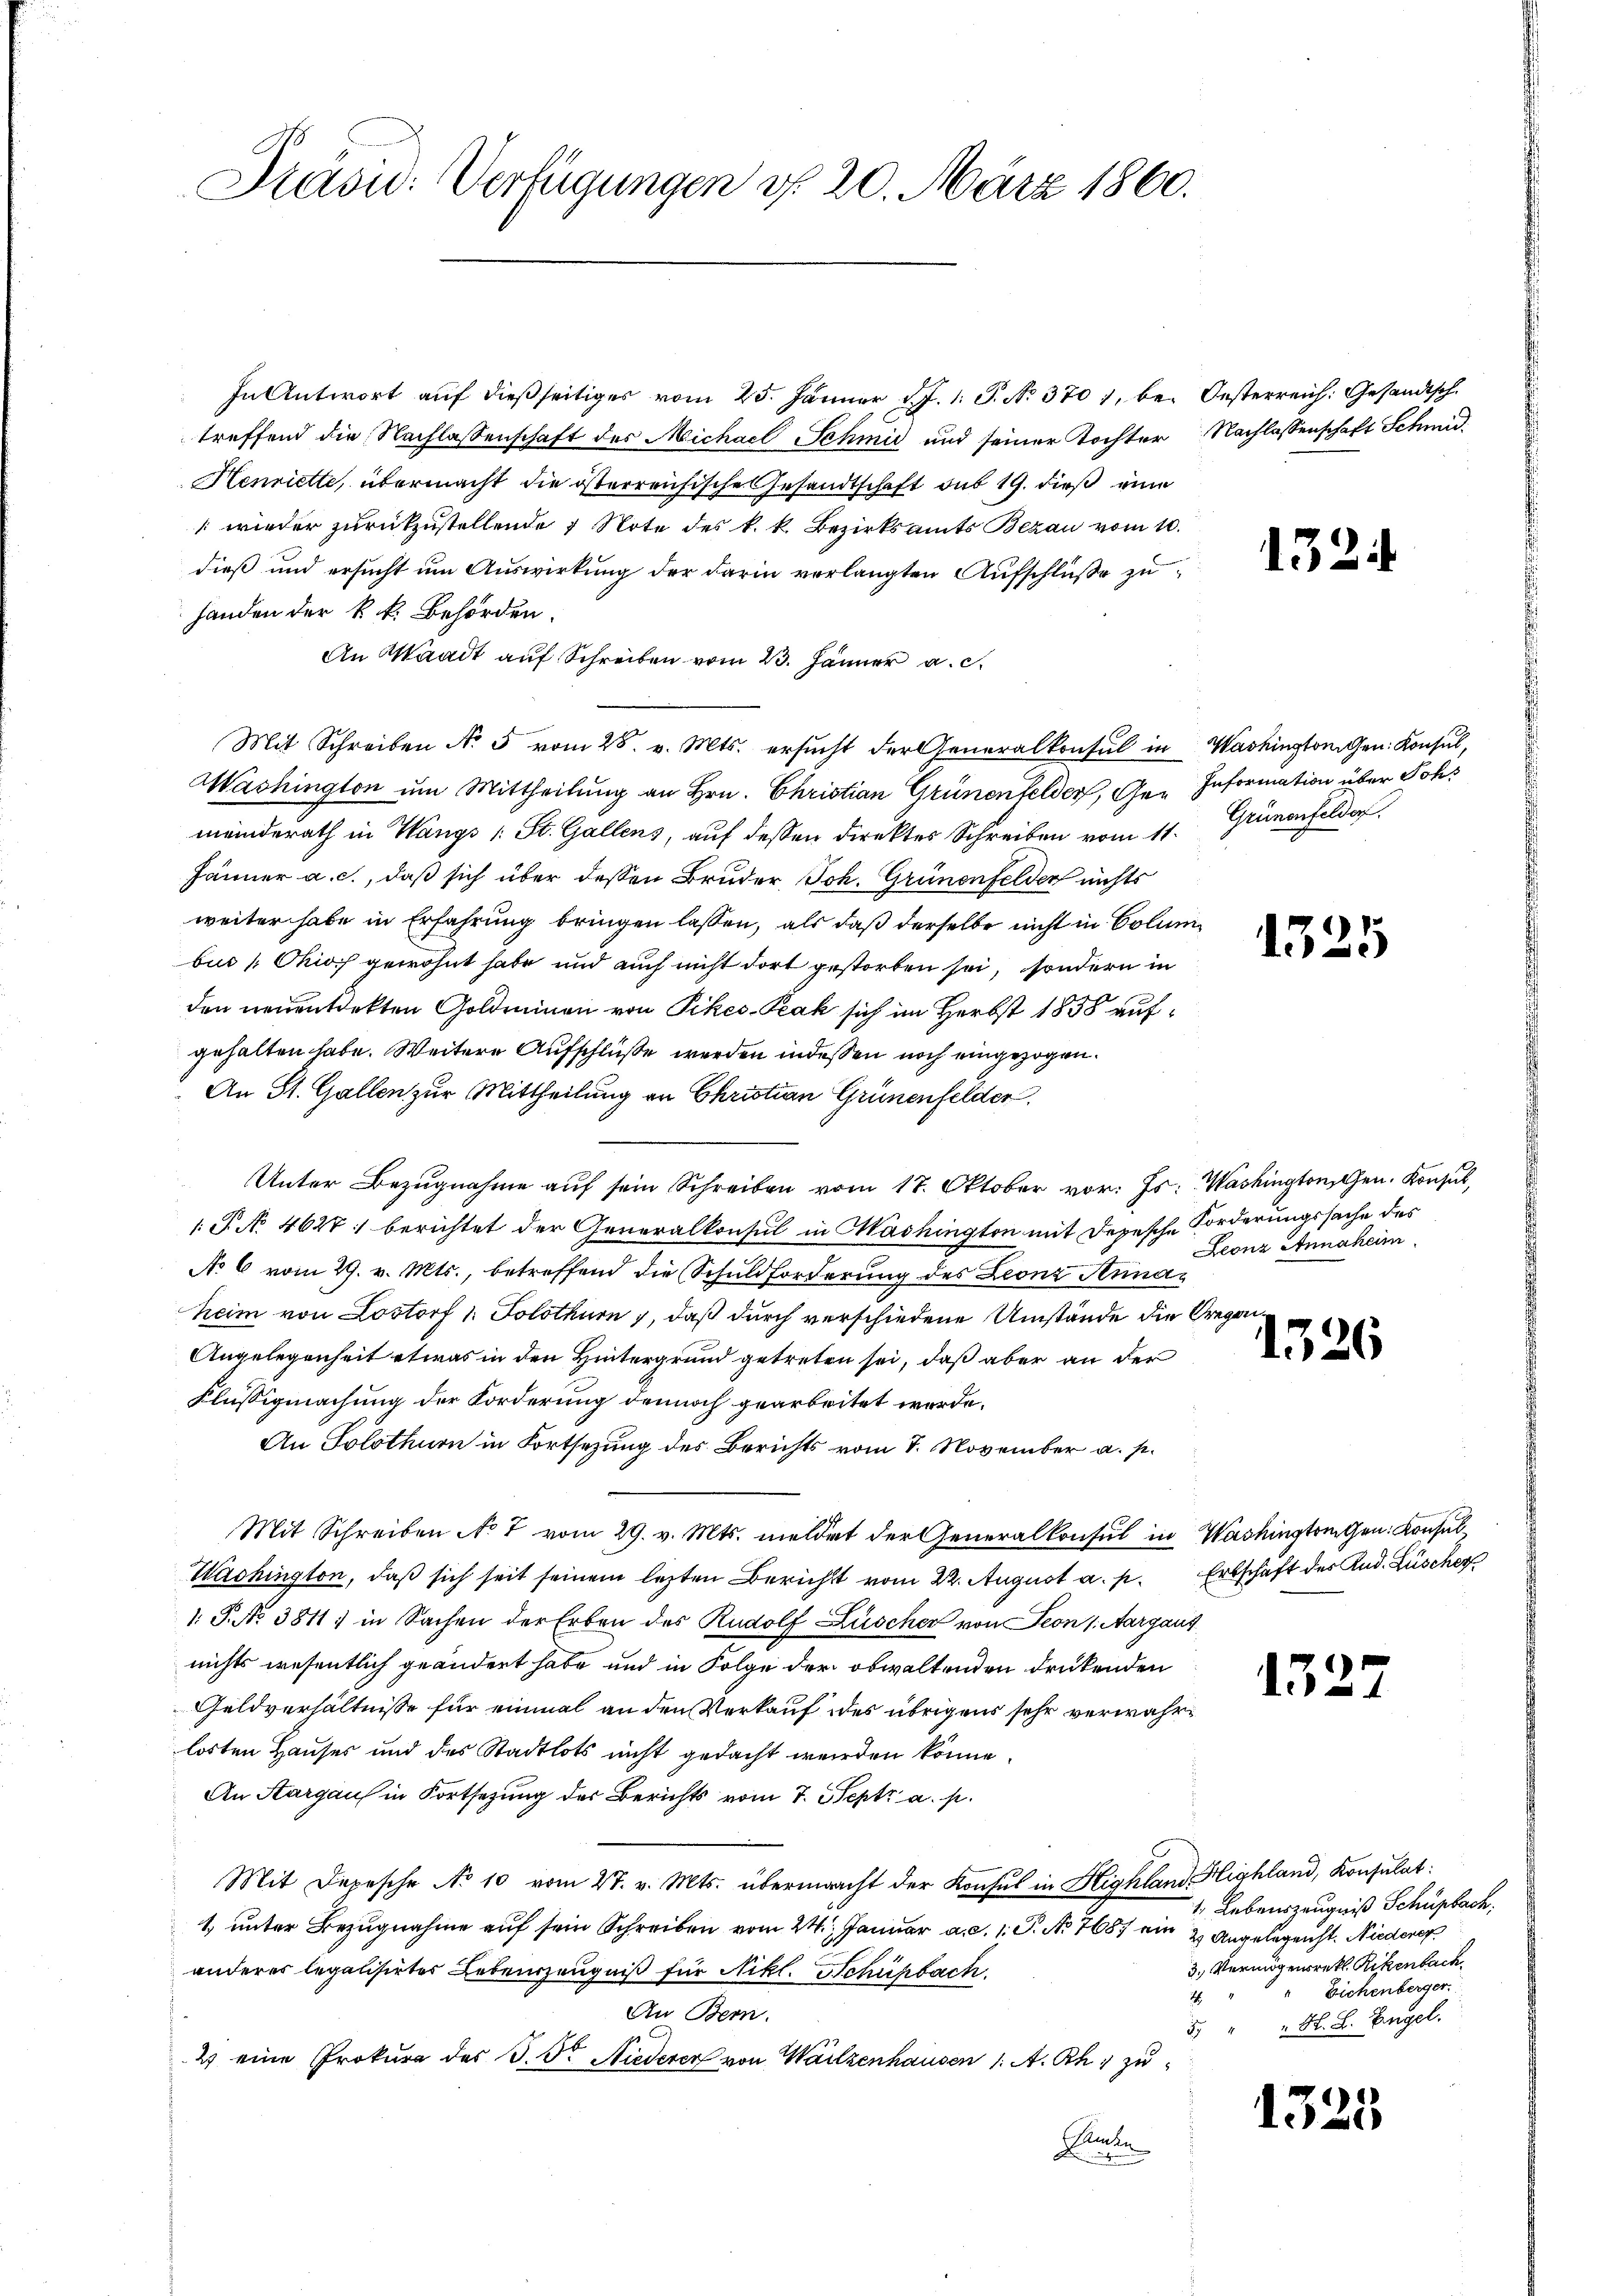
Präsid. Verfügungen d. 20. März 1860.

In Antwort auf dießseitiges vom 25. Jänner d. J. 1. P. No 370 1, be- Oesterreich: Gesandtsch
treffend die Nachlassenschaft des Michael Schmid und seiner Tochter Nachlassenschaft Schmid¬
Henriette, übermacht die österreichische Gesandtschaft sub 19. dieß eine
wieder zurückzustellende 7 Note des k. k. Bezirksamts Bezau vom 10.
dieß und ersucht um Auswirkung der darin verlangten Aufschluße zuhanden der k. k. Behörden.
An Waadt auf Schreiben vom 23. Jänner a. c.
Mit Schreiben No 5 vom 28. v. Mts. ersŭcht der Generalkonsul in Washington Gen. Konsul,
Washington um Mittheilung an Hrn. Christian Grünenfelder, Ger Information über Johs
meinderath in Wangs /: St. Gallens, auf dessen direktes Schreiben vom 11. Grünenfelder
Jänner a. c., daß sich über dessen Bruder, Joh. Grünenfelder nichts
weiter habe in Erfahrung bringen lassen, als daß derselbe nicht in Columbus [Chior gewohnt habe und auch nicht dort gestorben sei, sondern in
den neuentdekten Goldeinen von Pikes-Peak sich im Herbst 1858 aufgehalten habe. Weitere Aufschluße werden indessen noch eingezogen.
An St. Gallen zur Mittheilung an Christian Grünenfelden.
Unter Bezugnahme auf sein Schreiben vom 17. Oktober vor. Js. Washingtonschen. Konsul,
 P. No 4627: berichtet der Generalkonsul in Mashington mit Depesche Forderungssache des
No 6 vom 29. v. Mts., betreffend die Schuldforderung des Leonz Annaheim von Lostorf 1. Solothurn , daß durch verschiedene Umstände die Gregai¬
Angelegenheit etwas in den Hintergrund getreten sei, daß aber an der
Flüssigmachung der Forderung dennoch gearbeitet werde.
An Solothurn in Fortsezung des Berichts vom 8. November a. p.
Mit Schreiben No 7 vom 29. v. Mts. meldet der Generalkonsul in Washingtrugen. Konsul
Washington, daß sich seit seinem lezten Berichtt vom 22. August a. p. Erbschaft des Rud. Lüscher
1.P. No 3811 ; in Sachen der Erben des Rudolf Lüscher von Seon (Aargaus
nichts wesentlich geändert habe und in Folge der obwaltenden drükenden
Geldverhältnisse für einmal an den Verkauf des übrigens sehr verwahrlorten Hauses und des Stadtlots nicht gedacht werden könne.
An Aargaus in Fortsetzung des Berichts vom 7. Sept. a. p.
Mit Depesche No 10 vom 27. v. Mts. übermacht der Konsul in Highland Highland, Konsulat:
1 unter Bezugnahme auf sein Schreiben vom 24. Januar a. d. 1. P. No 768 ein & Angelegenst. Niederer
anderes legalisirtes Leberzeugniß für Nikl. Schuhbach
1
An Bern.
3
2) eine Prokura des P. Dr. Niederer von Waizenhausen 1. A. Rh. zu
Kinden

13.

1325

Leonz Annaheim

1326

1325

4 Lebenszeugniß Schupbach.
3. Vermögensrekt. Rikenbach
Eichenberger
H. B. Engel.

1325